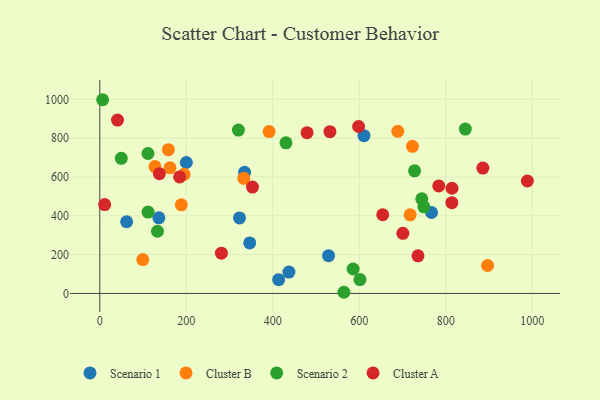
{"axis": {"x": "Investment", "y": "Demand"}, "legend": ["Cluster A", "Cluster B", "Scenario 1", "Scenario 2"], "data": [{"x": "334.7", "y": 624.3, "type": "Scenario 1"}, {"x": "437.3", "y": 110.3, "type": "Scenario 1"}, {"x": "323.0", "y": 388.9, "type": "Scenario 1"}, {"x": "200.1", "y": 674.5, "type": "Scenario 1"}, {"x": "62.0", "y": 369.3, "type": "Scenario 1"}, {"x": "413.6", "y": 70.9, "type": "Scenario 1"}, {"x": "528.9", "y": 194.4, "type": "Scenario 1"}, {"x": "610.8", "y": 812.9, "type": "Scenario 1"}, {"x": "136.5", "y": 389.4, "type": "Scenario 1"}, {"x": "346.6", "y": 260.3, "type": "Scenario 1"}, {"x": "767.1", "y": 417.1, "type": "Scenario 1"}, {"x": "99.4", "y": 174.6, "type": "Cluster B"}, {"x": "722.9", "y": 757.9, "type": "Cluster B"}, {"x": "158.5", "y": 740.7, "type": "Cluster B"}, {"x": "689.0", "y": 835.0, "type": "Cluster B"}, {"x": "896.7", "y": 143.9, "type": "Cluster B"}, {"x": "162.2", "y": 647.3, "type": "Cluster B"}, {"x": "333.0", "y": 593.0, "type": "Cluster B"}, {"x": "717.6", "y": 404.9, "type": "Cluster B"}, {"x": "188.5", "y": 456.5, "type": "Cluster B"}, {"x": "391.4", "y": 834.0, "type": "Cluster B"}, {"x": "127.5", "y": 653.4, "type": "Cluster B"}, {"x": "194.9", "y": 613.9, "type": "Cluster B"}, {"x": "845.2", "y": 846.8, "type": "Scenario 2"}, {"x": "320.5", "y": 841.8, "type": "Scenario 2"}, {"x": "430.5", "y": 776.0, "type": "Scenario 2"}, {"x": "49.6", "y": 696.0, "type": "Scenario 2"}, {"x": "749.4", "y": 446.0, "type": "Scenario 2"}, {"x": "111.3", "y": 720.9, "type": "Scenario 2"}, {"x": "585.8", "y": 125.8, "type": "Scenario 2"}, {"x": "111.5", "y": 419.0, "type": "Scenario 2"}, {"x": "601.5", "y": 71.6, "type": "Scenario 2"}, {"x": "564.4", "y": 6.0, "type": "Scenario 2"}, {"x": "744.5", "y": 487.6, "type": "Scenario 2"}, {"x": "727.9", "y": 631.5, "type": "Scenario 2"}, {"x": "6.5", "y": 998.0, "type": "Scenario 2"}, {"x": "133.3", "y": 320.5, "type": "Scenario 2"}, {"x": "11.2", "y": 457.6, "type": "Cluster A"}, {"x": "783.8", "y": 553.9, "type": "Cluster A"}, {"x": "40.9", "y": 893.4, "type": "Cluster A"}, {"x": "479.2", "y": 828.1, "type": "Cluster A"}, {"x": "532.1", "y": 833.4, "type": "Cluster A"}, {"x": "281.2", "y": 207.3, "type": "Cluster A"}, {"x": "184.6", "y": 600.4, "type": "Cluster A"}, {"x": "654.2", "y": 405.5, "type": "Cluster A"}, {"x": "353.0", "y": 548.1, "type": "Cluster A"}, {"x": "814.4", "y": 541.9, "type": "Cluster A"}, {"x": "988.7", "y": 579.3, "type": "Cluster A"}, {"x": "700.8", "y": 309.8, "type": "Cluster A"}, {"x": "137.7", "y": 617.0, "type": "Cluster A"}, {"x": "885.8", "y": 645.8, "type": "Cluster A"}, {"x": "735.7", "y": 193.9, "type": "Cluster A"}, {"x": "814.1", "y": 467.7, "type": "Cluster A"}, {"x": "598.4", "y": 860.1, "type": "Cluster A"}]}